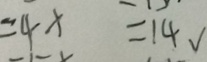
= 4 x = 1 4 √